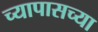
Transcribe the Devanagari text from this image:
च्यापासच्या